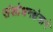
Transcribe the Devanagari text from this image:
संशोधनक्षेत्राने